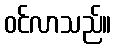
ဝင်လာသည်။